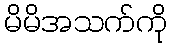
မိမိအသက်ကို